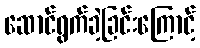
ဆောင်ရွက်ခဲ့ခြင်းကြောင့်